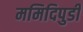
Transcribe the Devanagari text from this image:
ममिदिपुडी